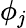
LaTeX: \phi_{\mathit{j}}